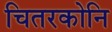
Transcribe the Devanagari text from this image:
चितरकोनि